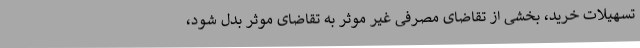
تسهیلات خرید، بخشی از تقاضای مصرفی غیر موثر به تقاضای موثر بدل شود،